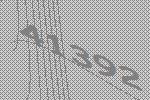
41392